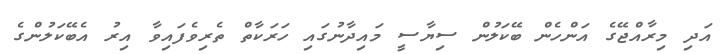
އަދި މިރާއްޖޭގެ އަންހެން ބޭކަލުން ސިޔާސީ މައިދާނުގައި ހަރަކާތް ތެރިވެފައިވާ އިރު އެބޭކަލުންގެ